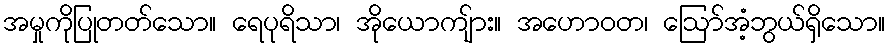
အမှုကိုပြုတတ်သော။ ရေပုရိသာ၊ အိုယောကျ်ား။ အဟောဝတ၊ ဩော်အံ့ဘွယ်ရှိသော။